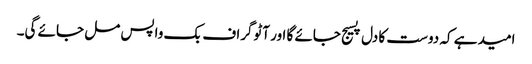
امید ہے کہ دوست کا دل پسیج جائے گا اور آٹوگراف بک واپس مل جائے گی۔